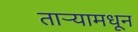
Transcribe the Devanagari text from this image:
तार्‍यामधून